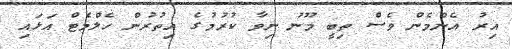
އިރު އެންމެން ވެސް ތިބީ މޫނު ނިވާ ކުރުމުގެ އިތުރުން ހެލްމެޓް އަޅައި